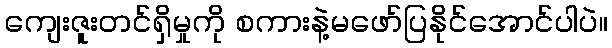
ကျေးဇူးတင်ရှိမှုကို စကားနဲ့မဖော်ပြနိုင်အောင်ပါပဲ။